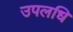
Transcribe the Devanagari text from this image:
उपलधि